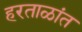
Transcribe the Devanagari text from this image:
हरताळांत